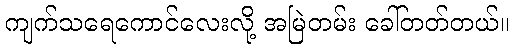
ကျက်သရေကောင်လေးလို့ အမြဲတမ်း ခေါ်တတ်တယ်။